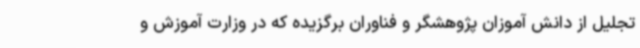
تجلیل از دانش آموزان پژوهشگر و فناوران برگزیده که در وزارت آموزش و